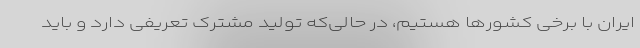
ایران با برخی کشورها هستیم، در حالی‌که تولید مشترک تعریفی دارد و باید